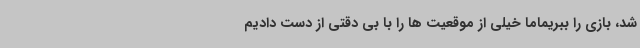
شد، بازی را ببریماما خیلی از موقعیت ها را با بی دقتی از دست دادیم